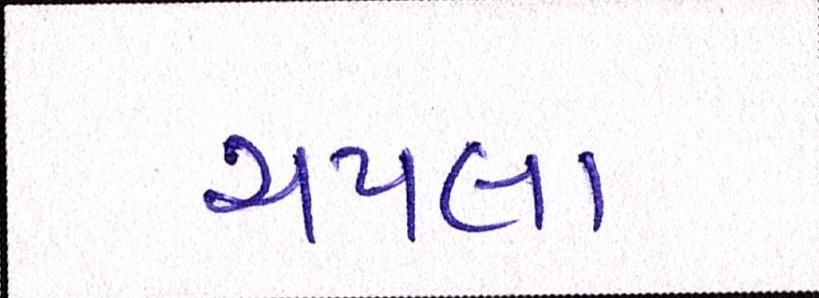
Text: ચપલા